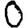
Digit: 0